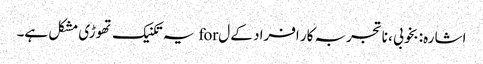
اشارہ: بخوبی ، ناتجربہ کار افراد کے ل for یہ تکنیک تھوڑی مشکل ہے۔